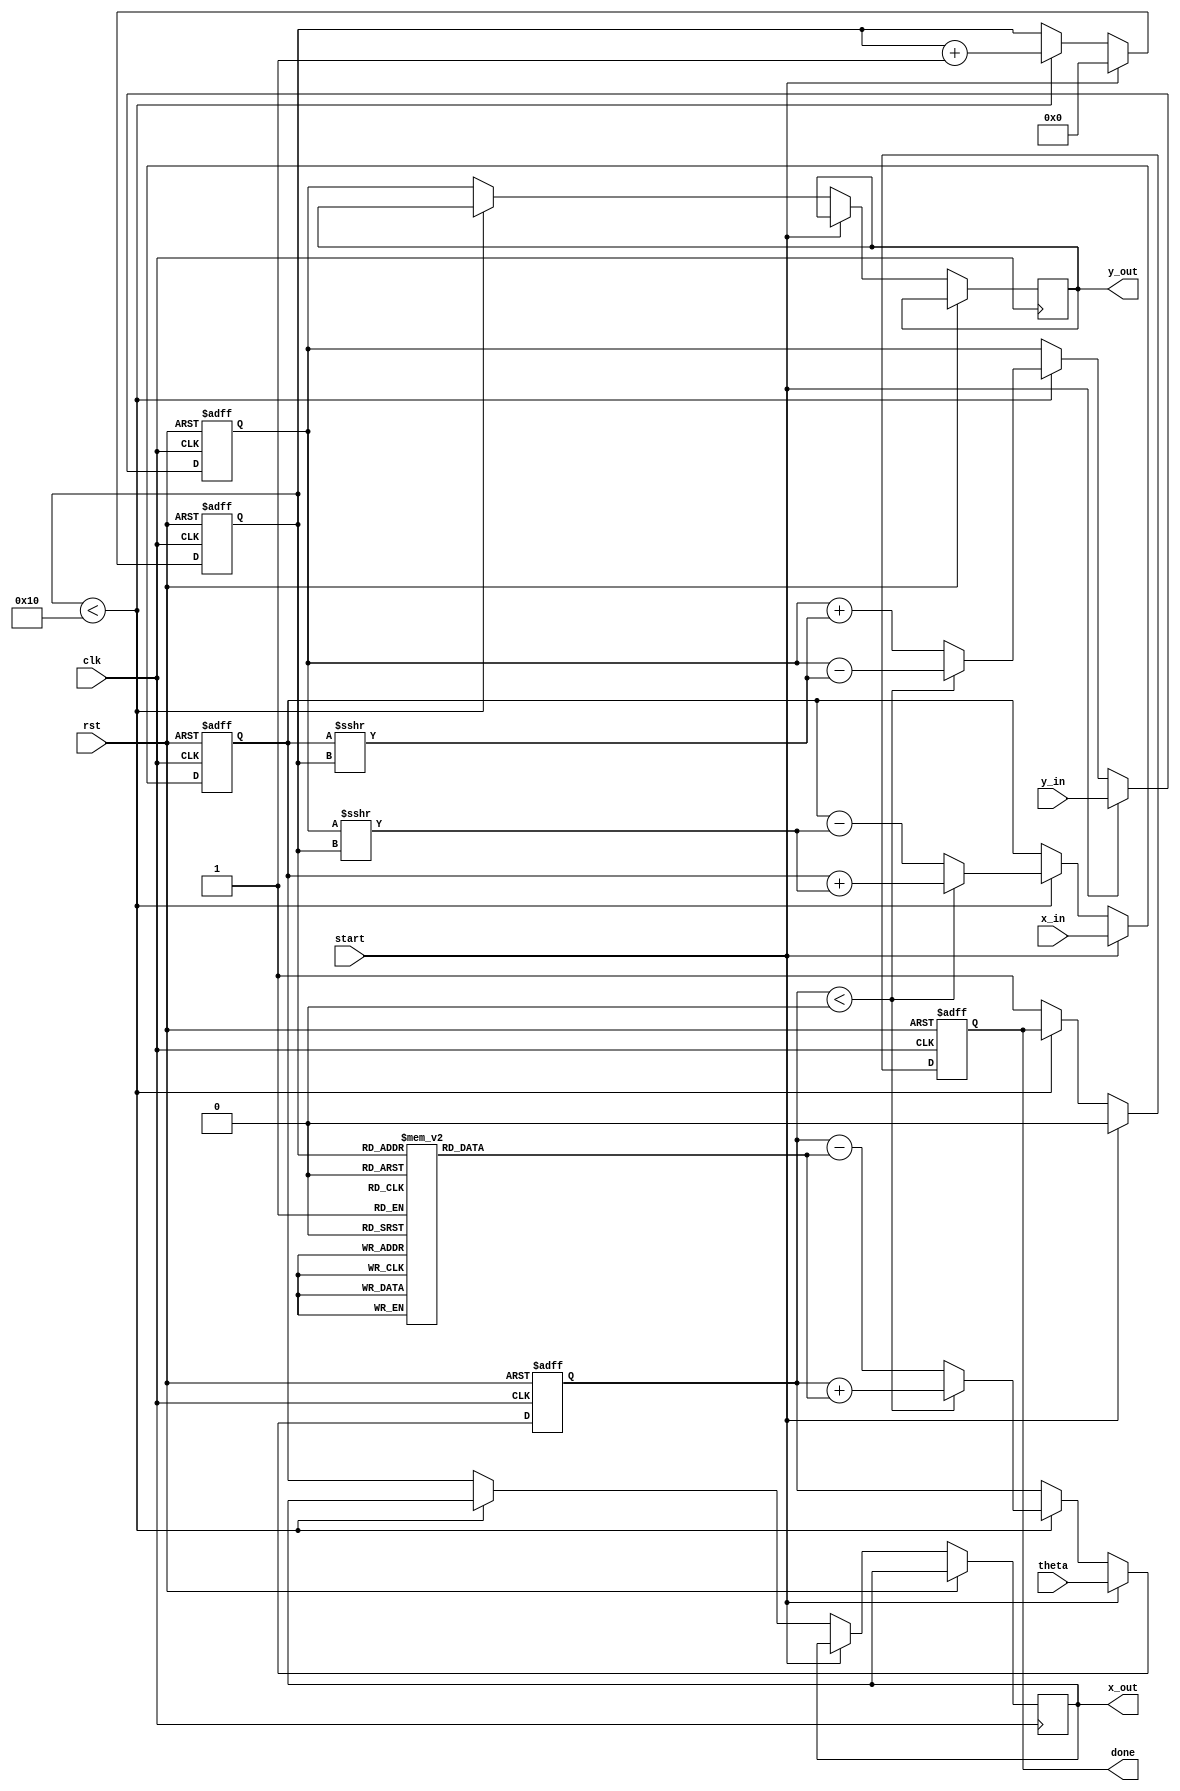
module modified_cordic (
    input wire clk,
    input wire rst,
    input wire start,
    input wire signed [15:0] theta, // Input angle in fixed-point format
    input wire signed [15:0] x_in,   // Initial X vector
    input wire signed [15:0] y_in,   // Initial Y vector
    output reg signed [15:0] x_out,  // Output X vector
    output reg signed [15:0] y_out,  // Output Y vector
    output reg done                 // Indicates completion of computation
);

    parameter NUM_ITERATIONS = 16; // Number of iterations
    reg [3:0] iteration;             // Current iteration count
    reg signed [15:0] x;             // Current X value
    reg signed [15:0] y;             // Current Y value
    reg signed [15:0] angle;         // Current angle
    reg [15:0] atan_table [0:NUM_ITERATIONS-1]; // Lookup table for atan values

    // Initialize atan table (fixed-point representation)
    initial begin
        atan_table[0] = 16'h0000; // atan(0) = 0
        atan_table[1] = 16'h2000; // atan(1) = /4
        atan_table[2] = 16'h1000; // atan(0.5) = /6
        atan_table[3] = 16'h0800; // atan(0.25) = /12
        // ... Fill in remaining values as needed
    end

    // Control logic for CORDIC iterations
    always @(posedge clk or posedge rst) begin
        if (rst) begin
            iteration <= 0;
            x <= 0;
            y <= 0;
            angle <= 0;
            done <= 0;
        end else if (start) begin
            iteration <= 0;
            x <= x_in;
            y <= y_in;
            angle <= theta;
            done <= 0;
        end else if (iteration < NUM_ITERATIONS) begin
            if (angle < 0) begin
                // Calculate new coordinates for clockwise rotation
                x <= x + (y >>> iteration);
                y <= y - (x >>> iteration);
                angle <= angle + atan_table[iteration];
            end else begin
                // Calculate new coordinates for counterclockwise rotation
                x <= x - (y >>> iteration);
                y <= y + (x >>> iteration);
                angle <= angle - atan_table[iteration];
            end
            iteration <= iteration + 1;
        end else begin
            x_out <= x;
            y_out <= y;
            done <= 1; // Indicate computation is done
        end
    end

endmodule